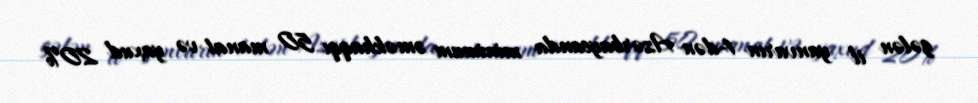
gələn il yanvarın 1-dən Azərbaycanda minimum əməkhaqqı 50 manat və yaxud 20%